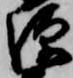
源